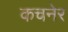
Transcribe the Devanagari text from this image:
कचनेर